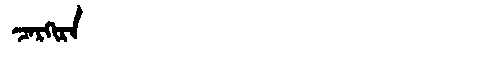
Manchu: ᠴᠠᡵᡴᡳᡵᠠ
Romanization: CARKIRA